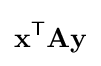
\mathbf {x} ^{\mathsf {T}}\mathbf {Ay}